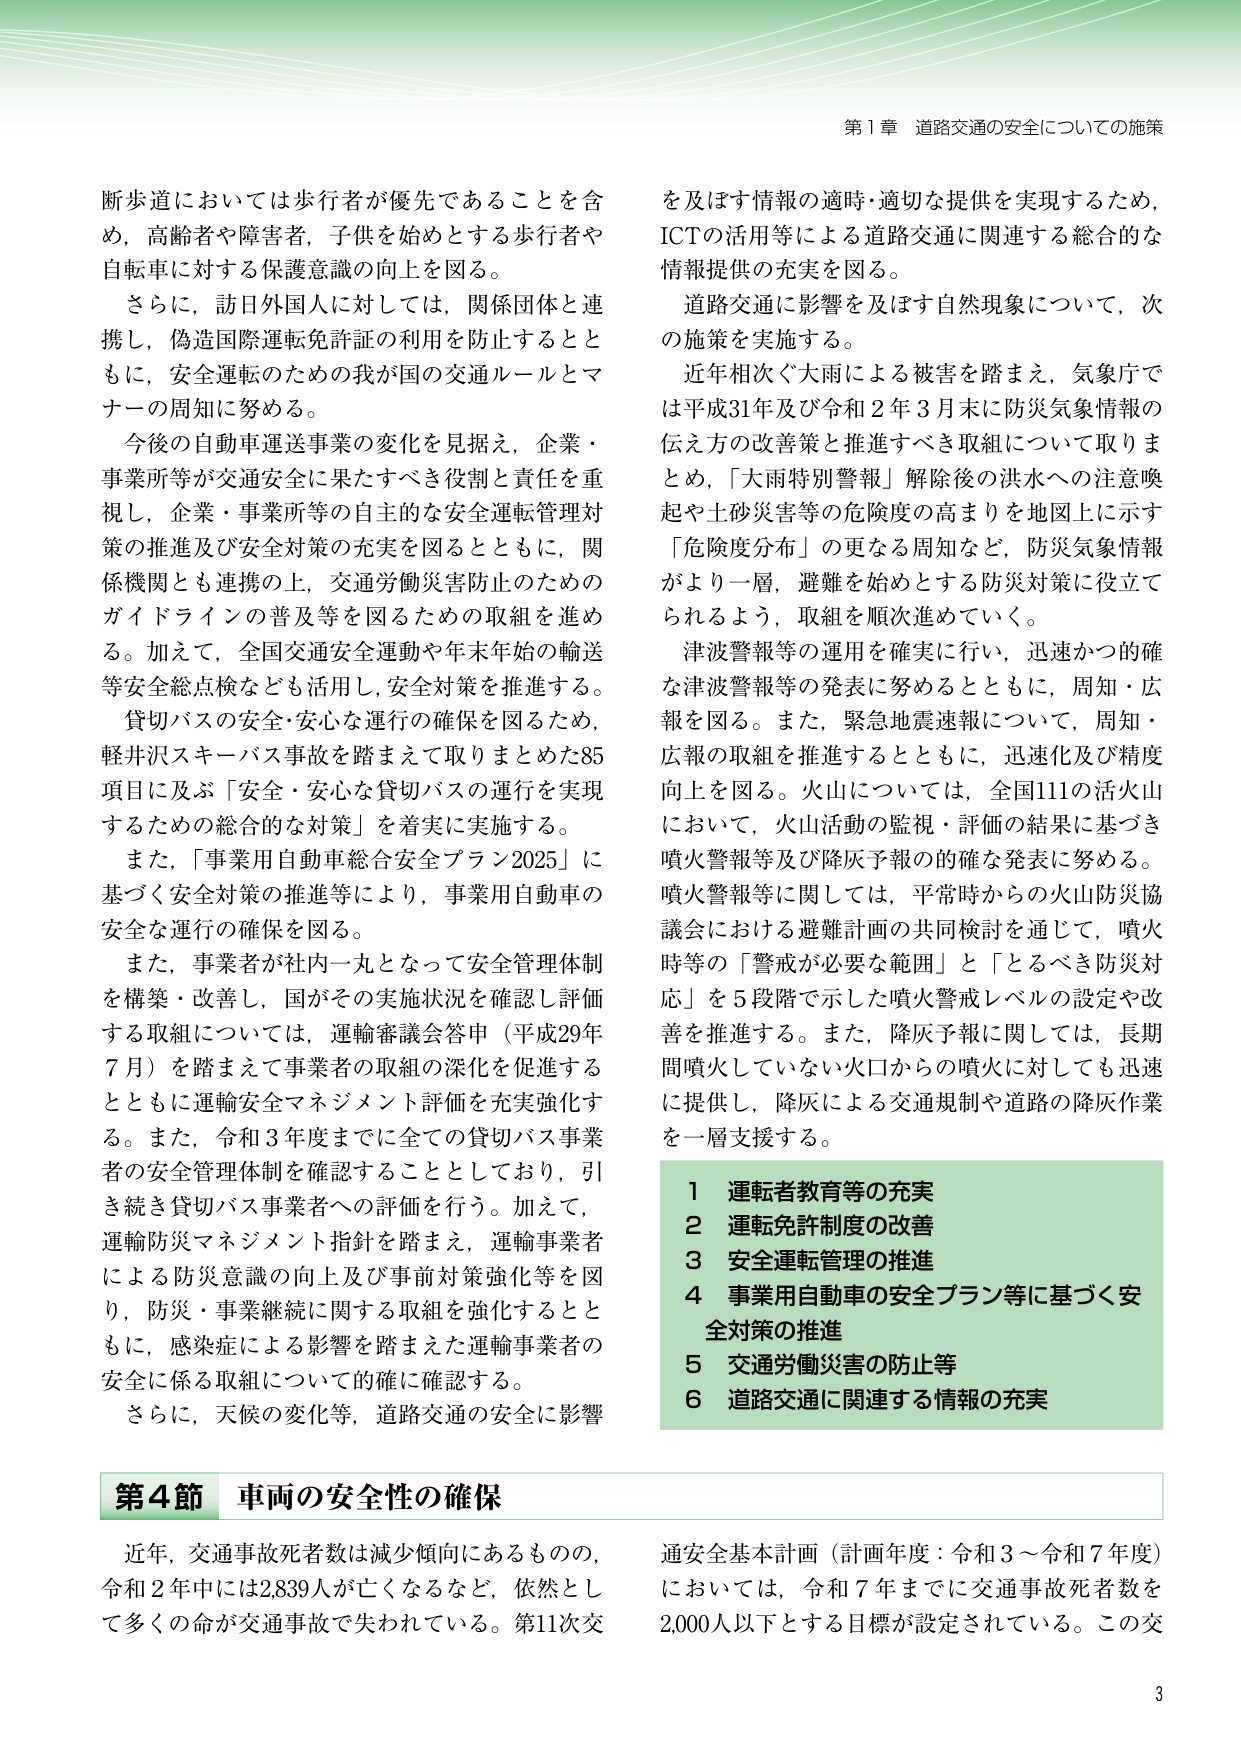
第１章 道路交通の安全についての施策

断歩道においては歩行者が優先であることを含め，高齢者や障害者，子供を始めとする歩行者や自転車に対する保護意識の向上を図る。

さらに，訪日外国人に対しては，関係団体と連携し，偽造国際運転免許証の利用を防止するとともに，安全運転のための我が国の交通ルールとマナーの周知に努める。

今後の自動車運送事業の変化を見据え，企業・事業所等が交通安全に果たすべき役割と責任を重視し，企業・事業所等の自主的な安全運転管理対策の推進及び安全対策の充実を図るとともに，関係機関とも連携の上，交通労働災害防止のためのガイドラインの普及等を図るための取組を進める。加えて，全国交通安全運動や年末年始の輸送等安全総点検なども活用し，安全対策を推進する。

貸切バスの安全・安心な運行の確保を図るため，軽井沢スキーバス事故を踏まえて取りまとめた85項目に及ぶ「安全・安心な貸切バスの運行を実現するための総合的な対策」を着実に実施する。

また，「事業用自動車総合安全プラン2025」に基づく安全対策の推進等により，事業用自動車の安全な運行の確保を図る。

また，事業者が社内一丸となって安全管理体制を構築・改善し，国がその実施状況を確認し評価する取組については，運輸審議会答申（平成29年7月）を踏まえて事業者の取組の深化を促進するとともに運輸安全マネジメント評価を充実強化する。また，令和3年度までに全ての貸切バス事業者の安全管理体制を確認することとしており，引き続き貸切バス事業者への評価を行う。加えて，運輸防災マネジメント指針を踏まえ，運輸事業者による防災意識の向上及び事前対策強化等を図り，防災・事業継続に関する取組を強化するとともに，感染症による影響を踏まえた運輸事業者の安全に係る取組について的確に確認する。

さらに，天候の変化等，道路交通の安全に影響を及ぼす情報の適時・適切な提供を実現するため，ICTの活用等による道路交通に関連する総合的な情報提供の充実を図る。

道路交通に影響を及ぼす自然現象について，次の施策を実施する。

近年相次ぐ大雨による被害を踏まえ，気象庁では平成31年及び令和2年3月末に防災気象情報の伝え方の改善策と推進すべき取組について取りまとめ，「大雨特別警報」解除後の洪水への注意喚起や土砂災害等の危険度の高まりを地図上に示す「危険度分布」の更なる周知など，防災気象情報がより一層，避難を始めとする防災対策に役立てられるよう，取組を順次進めていく。

津波警報等の運用を確実に行い，迅速かつ的確な津波警報等の発表に努めるとともに，周知・広報を図る。また，緊急地震速報について，周知・広報の取組を推進するとともに，迅速化及び精度向上を図る。火山については，全国111の活火山において，火山活動の監視・評価の結果に基づき噴火警報等及び降灰予報の的確な発表に努める。噴火警報等に関しては，平常時からの火山防災協議会における避難計画の共同検討を通じて，噴火時等の「警戒が必要な範囲」と「とるべき防災対応」を5段階で示した噴火警戒レベルの設定や改善を推進する。また，降灰予報に関しては，長期間噴火していない火口からの噴火に対しても迅速に提供し，降灰による交通規制や道路の降灰作業を一層支援する。

1 運転者教育等の充実
2 運転免許制度の改善
3 安全運転管理の推進
4 事業用自動車の安全プラン等に基づく安全対策の推進
5 交通労働災害の防止等
6 道路交通に関連する情報の充実

第4節 車両の安全性の確保

近年，交通事故死者数は減少傾向にあるものの，令和2年中には2,839人が亡くなるなど，依然として多くの命が交通事故で失われている。第11次交通安全基本計画（計画年度：令和3～令和7年度）においては，令和7年までに交通事故死者数を2,000人以下とする目標が設定されている。この交

3